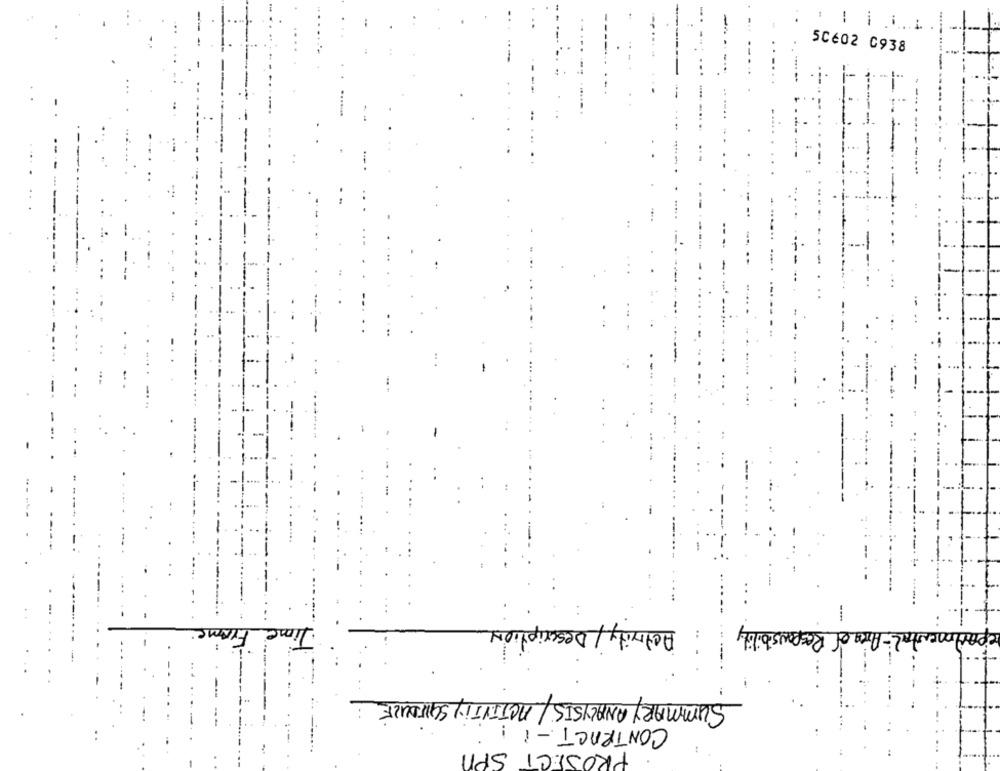
1
!
5Cé02 0938
Activity/ Description
--
· Time From
ep
SUMMARY ANALYSIS/ACTIVITY SCHEDULE
CONTRACT-1 !
PROJECT SPA